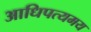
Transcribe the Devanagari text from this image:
आधिपत्यमय